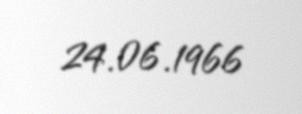
24.06.1966